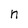
Character: n